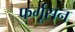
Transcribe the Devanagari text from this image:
फर्गूसन